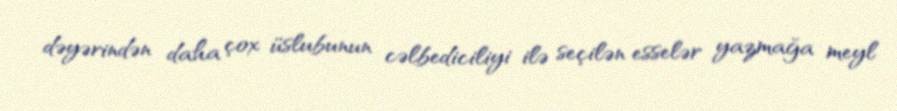
dəyərindən daha çox üslubunun cəlbediciliyi ilə seçilən esselər yazmağa meyl